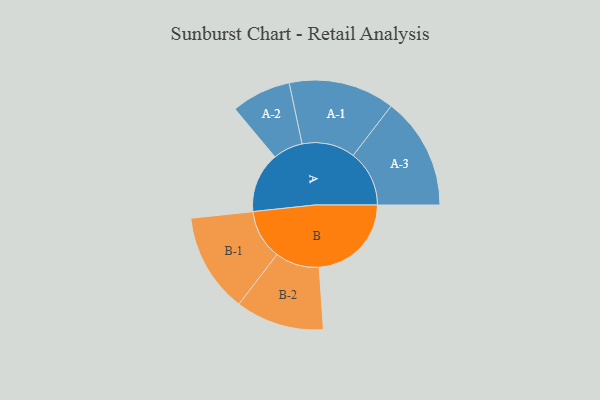
{"axis": {"x": "Segment", "y": "Value"}, "legend": ["", "A", "B"], "data": [{"x": "A", "y": 309, "type": ""}, {"x": "B", "y": 473, "type": ""}, {"x": "A-1", "y": 272, "type": "A"}, {"x": "A-2", "y": 153, "type": "A"}, {"x": "A-3", "y": 288, "type": "A"}, {"x": "B-1", "y": 255, "type": "B"}, {"x": "B-2", "y": 227, "type": "B"}]}